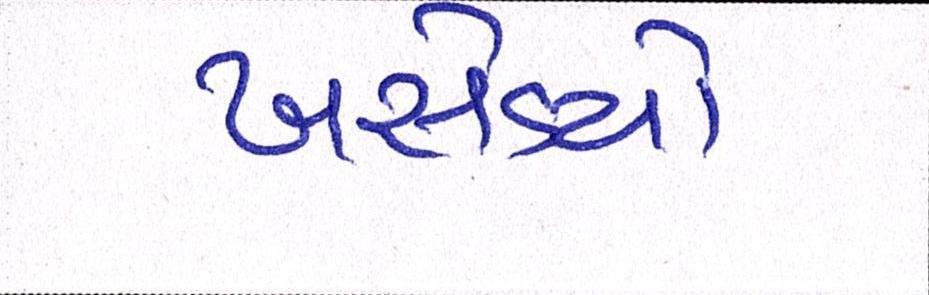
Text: ખસેડયો